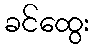
ခင်ထွေး